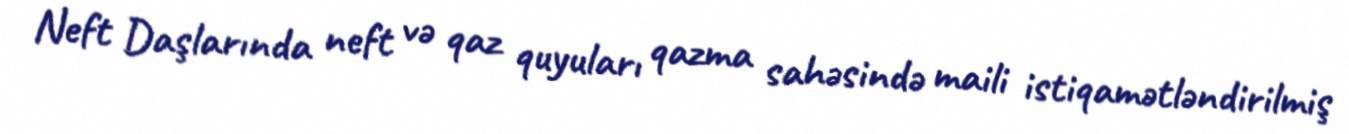
Neft Daşlarında neft və qaz quyuları qazma sahəsində maili istiqamətləndirilmiş